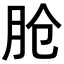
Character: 𬁸